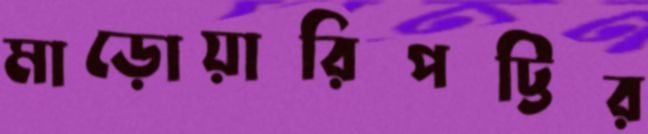
মাড়োয়ারিপট্টির